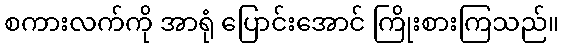
စကားလက်ကို အာရုံ ပြောင်းအောင် ကြိုးစားကြသည်။